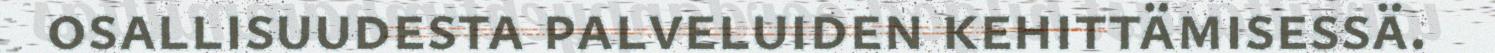
osallisuudesta palveluiden kehittämisessä.